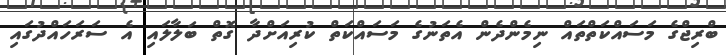
ބްރިޖްގެ މަސައްކަތްތައް ނިމެންދެން އެތަނުގެ މަސައްކަތް ކުރިއަށްދާ ގޮތް ބަލާލައި އެ ސަރަހައްދުގައި